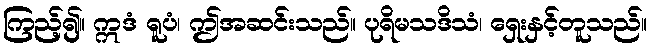
ကြည့်၍။ ဣဒံ ရူပံ၊ ဤအဆင်းသည်။ ပုရိမသဒိသံ၊ ရှေးနှင့်တူသည်။